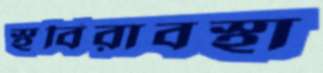
স্থবিরাবস্থা